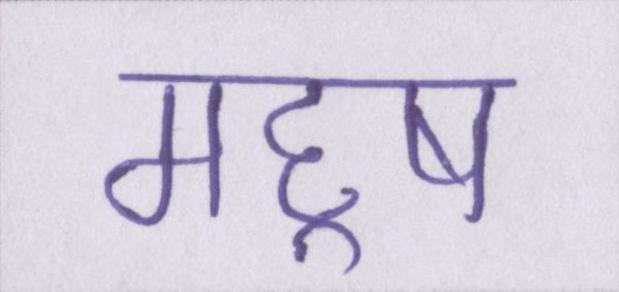
महॢष